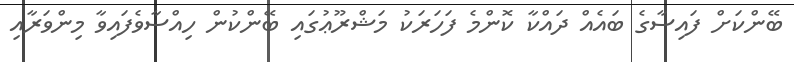
ބޭންކަށް ފައިސާގެ ބައެއް ދައްކާ ކޮންމެ ފަހަރަކު މަޝްރޫޢުގައި ބޭންކުން ހިއްސާވެފައިވާ މިންވަރާއި